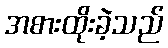
အစားထိုးခဲ့သည်